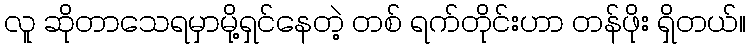
လူ ဆိုတာသေရမှာမို့ရှင်နေတဲ့ တစ် ရက်တိုင်းဟာ တန်ဖိုး ရှိတယ်။